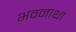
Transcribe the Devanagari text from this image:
भवनाथा